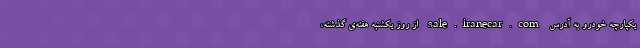
یکپارچه خودرو به آدرس sale.iranecar.com از روز یکشنبه هفته‌ی گذشته،